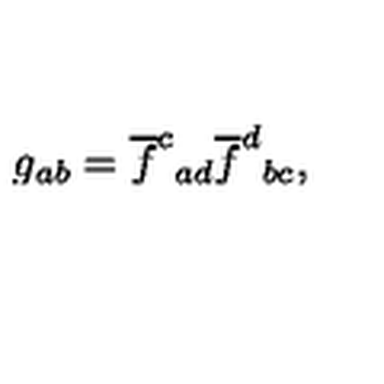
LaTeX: g _ { a b } = \overline { { f } } ^ { c } { } _ { a d } \overline { { f } } ^ { d } { } _ { b c } ,